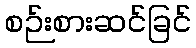
စဉ်းစားဆင်ခြင်